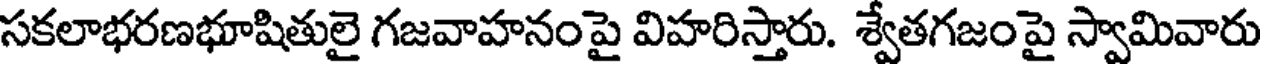
సకలాభరణభూషితులై గజవాహనంపై విహరిస్తారు. శ్వేతగజంపై స్వామివారు